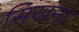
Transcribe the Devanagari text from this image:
सिखना